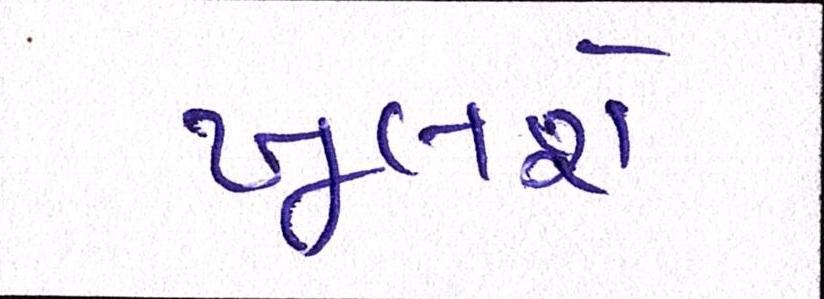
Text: ખૂલશે